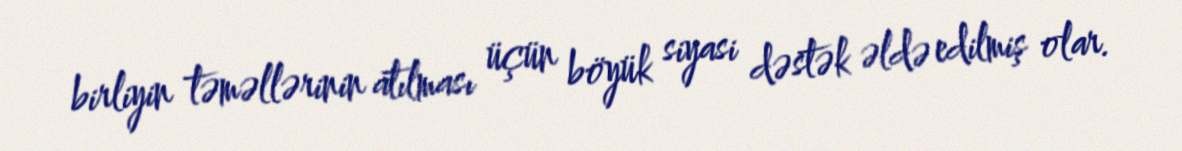
birliyin təməllərinin atılması üçün böyük siyasi dəstək əldə edilmiş olar.